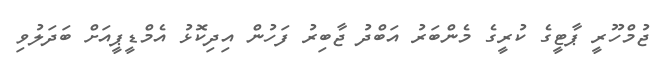
ޖުމްހޫރީ ޕާޓީގެ ކުރީގެ މެންބަރު އަބްދު ޖާބިރު ފަހުން އިދިކޮޅު އެމްޑީޕީއަށް ބަދަލުވި